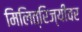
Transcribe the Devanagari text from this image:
मिलित्रिज्यीवर